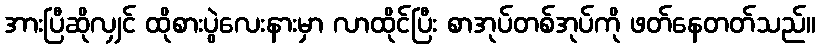
အားပြီဆိုလျှင် ထိုစားပွဲလေးနားမှာ လာထိုင်ပြီး စာအုပ်တစ်အုပ်ကို ဖတ်နေတတ်သည်။